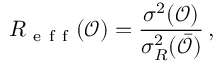
R _ { \mathrm { ~ e ~ f ~ f ~ } } ( \mathcal O ) = \frac { \sigma ^ { 2 } ( \mathcal { O } ) } { \sigma _ { R } ^ { 2 } ( \bar { \mathcal { O } } ) } \, ,